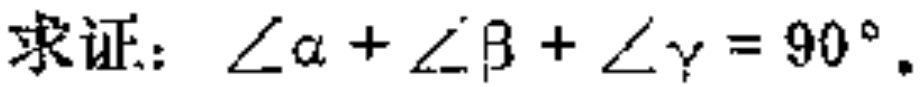
求证：\(\angle\alpha+\angle\beta+\angle\gamma = 90^{\circ}\)。